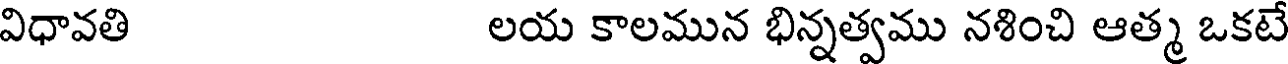
విధావతి లయ కాలమున భిన్నత్వము నశించి ఆత్మ ఒకటే